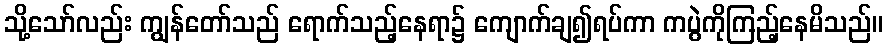
သို့သော်လည်း ကျွန်တော်သည် ရောက်သည့်နေရာ၌ ကျောက်ချ၍ရပ်ကာ ကပွဲကိုကြည့်နေမိသည်။